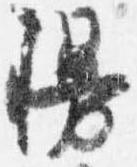
幔